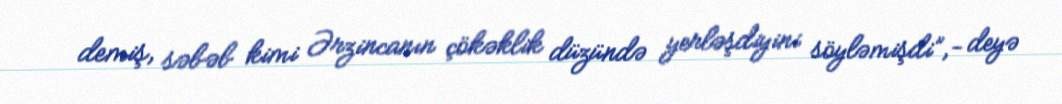
demiş, səbəb kimi Ərzincanın çökəklik düzündə yerləşdiyini söyləmişdi”,- deyə